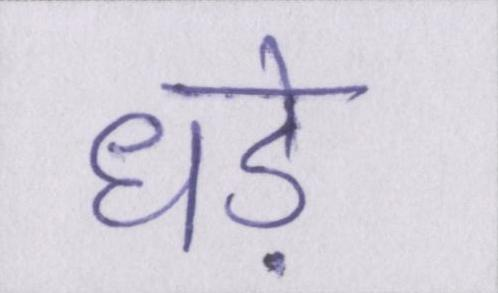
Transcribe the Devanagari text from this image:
धड़े